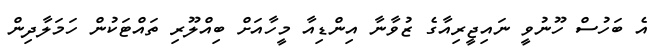
އެ ބަހުސް ހޫނުވީ ނައިޖީރިއާގެ ޒުވާނާ އިންޑިއާ މީހާއަށް ބިއްލޫރި ތައްޓަކުން ހަމަލާދިން